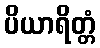
ပိယာရိတ္တံ